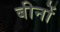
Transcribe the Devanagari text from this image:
बीनों